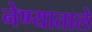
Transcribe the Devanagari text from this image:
नेण्याताले